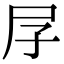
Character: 㞌